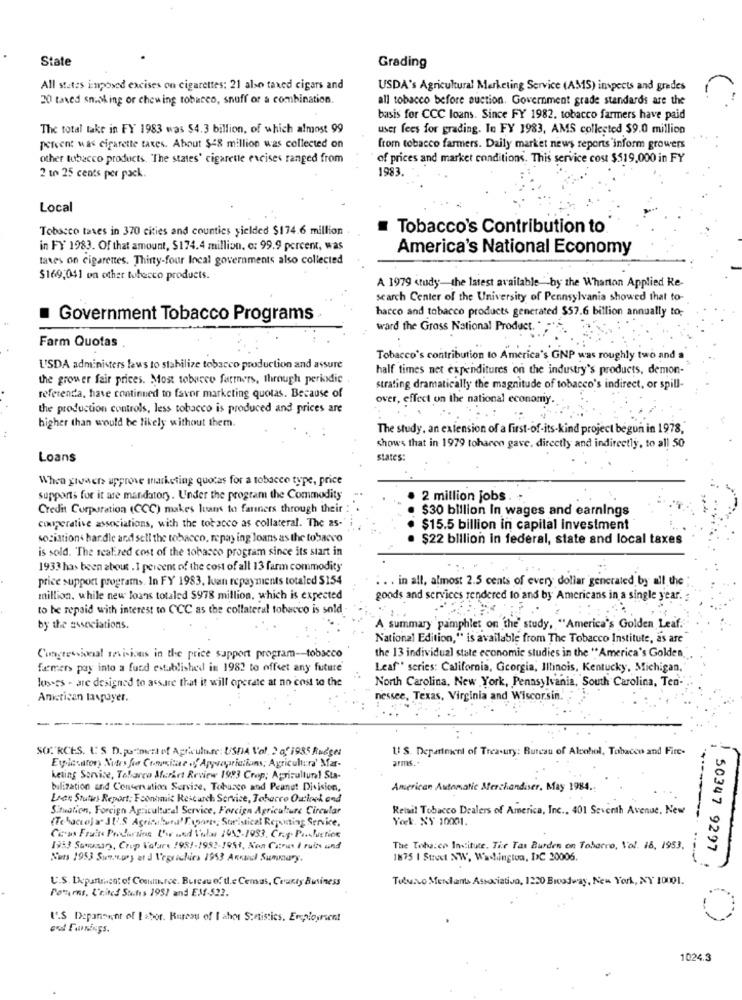
State
Grading
All states inposed excises on cigarettes; 21 also taxed cigars and
USDA's Agricultural Marketing Service (AMS) inspects and grades
20 taxed smoking or chewing tobacco, snuff or a combination.
all tobacco before suction. Government grade standards are the
basis for CCC loans. Since FY 1982. tobacco farmers have paid
The total take in FY 1983 was $4.3 billion, of which almost 99
user fees for grading. In FY 1983, AMS collected $9.0 million
percent was cigarette taxes. About $48 million was collected on
from tobacco farmers. Daily market news reports inform growers
other tobacco products. "The states' cigarette excises ranged from
of prices and market conditions. This service cost $519,000 in FY
1983.
2 to 25 cents per pack.
Local
Tobacco taxes in 370 cities and counties yielded $174.6 million
Tobacco's Contribution to
in FY 1983. Of that amount, $174.4 million. o: 99.9 percent, was
America's National Economy
taxes on cigarettes. Thirty-four Incal governments also collected
$169,041 on other tobacco products.
A 1979 study-the latest available ' by the Wharton Applied Re-
search Center of the University of Pennsylvania showed that to-
hacco and tobacco products generated $57.6 billion annually to-
Government Tobacco Programs
ward the Gross National Product.
Farm Quotas
Tobacco's contribution to America's GNP was roughly two and a
U'SDA administers laws to stabilize tobacco production and assure
half times net expenditures on the industry's products, demon-
the grower fair prices. Most tobacco farmers, through periodic
strating dramatically the magnitude of tobacco's indirect, or spill-
referenda, have continued to favor marketing quotas. Because of
over, effect on the national economy
the production controls, less tobacco is produced and prices are
higher than would be likely without them.
The study, an extension of a first-of-its-kind project begun in 1978,
shows that in 1979 toharen gave, directly and indirectly, to all 50
Loans
states:
When givaers approve marketing quotas for a tobacco type, price
supports for it are mandatory. Under the program the Commodity
2 million jobs .
Credit Corporation (CCC) makes luans to farners through their
$30 billion In wages and earnings
couperative associations, with the tobacco as collateral. The as-
$15.5 billion in capital investment
sociation' handle and sell the tobacco, repay ing loans as the tobacco
$22 billion in federal, state and local taxes
is sold. The realized cost of the tobacco program since its start in
1933 has been about . 1 percent of the cost of all 13 farm commodity
price support programs. In FY 1983, luan repayments totaled $154
. . . in all, almost 2.5 cents of every dollar generated by all the
million, while new loans totaled $978 million, which is expected
goods and services rendered to and by Americans in a single year. :
to be repaid with interest to CCC as the collateral tobacco is sold
by the associations.
A summary pamphlet on the' study, "America's Golden Leaf.
National Edition," is available from The Tobacco Institute, as are
the 13 individual state economic studies in the "America's Golden,
Congressional revisions in the price support program -- tobacco
farmers pay into a fund established in 1982 to offset any future
Leaf"" series: California, Georgia, Illinois, Kentucky, Michigan,
Jusses - are designed to assure that it will operate at no cost to the
North Carolina, New York, Pennsylvania, South Carolina, Ten-
American lavpuyer.
nessee, Texas, Virginia and Wiscorsin.
SOURCES. I: S D. po"meat of Agriculture: USDA Vol. 2 of 1935 Rodger
U. S. Department of Treasury: Bureau of Alcohol, Tobacco and Fite-
Eurosatory Notes fe Crwitte .' Appropriaifans; Agricultura' Mar-
arms.+
keting Service, Tobarco Merirt Review 1923 Crop; Agricultural Sta-
bulization and Conservation Sarvize, Tobusco and Peanut Division,
American Automatic Merchandiser, May 1984 .:
Lice Studies Report: Foonimais Research Service, Tobacco Outlock and
Situation, Foreign Agricultural Service, Foreign Agriculture Circular
Retail Tobacco Dealers of America, Inc ., 401 Seventh Avenue, New
(Tobaccoja JI'S Agriabuna' Expone, Suristical Reporting Service.
York, NY 10001.
1953 Somusan, Crop Vofare 1981-1982-1951, Non Citrus I ruins and
The Tobacco Institute. The Tax Burden on Tobarro, Vol. 18, 1953.
Suts 1953 Sun .. Day at d Vegrichies 1953 Annual Summary.
1875 | Street NW, Wadingtua, DC 20006.
50347 9297 .
U.S. Department of Coource. Bureau of d.e Cemus, County Business
Tuluivo Merlants Associativo, 1220 Broadway, New York, NY 10001.
Ponerns, L'rites Suites 1987 and EM-522.
I.S Depanne,nr of Labor. Bureau of I ahos Statistics, Employment
1024.3